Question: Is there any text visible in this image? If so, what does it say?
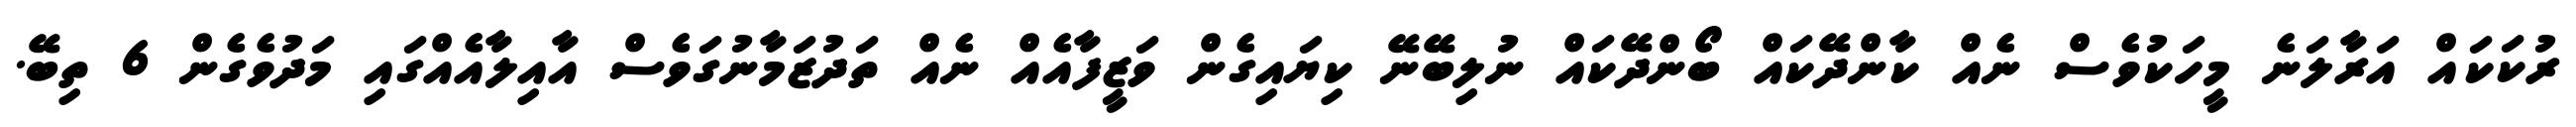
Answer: ރުކަކައް އަރާލަނެ މީހަކުވެސް ނެއް ކާންދޭކައް ބޯންދޭކައް ނުލިބޭނޭ ކިޔައިގެން ވަޒީފާއެއް ނެއް ތަދުޒަމާނުގަވެސް އާއިލާއެއްގައި މަދުވެގެން 6 ތިބޭ.